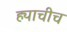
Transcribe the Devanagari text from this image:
ह्याचीच